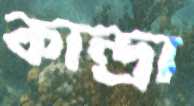
কান্দ্রা